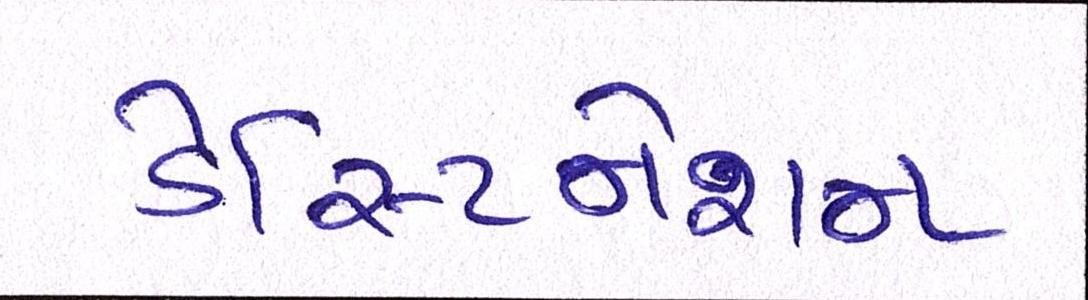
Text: ડેસ્ટિનેશન